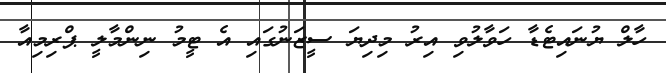
ހާލް ޔުނައިޓެޑާ ހަވާލުވި އިރު މިދިޔަ ސީޒަނުގައި އެ ޓީމު ނިންމާލީ ޕްރިމިއާ